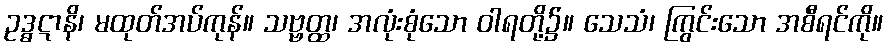
ဥဒ္ဓဋာနိ၊ မထုတ်အပ်ကုန်။ သဗ္ဗတ္ထ၊ အလုံးစုံသော ဝါရတို့၌။ သေသံ၊ ကြွင်းသော အစီရင်ကို။